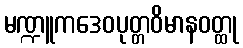
မဏ္ဍူကဒေဝပုတ္တဝိမာနဝတ္ထု